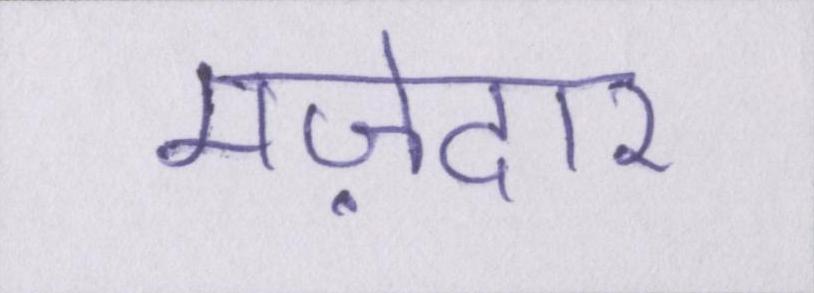
मज़ेदार